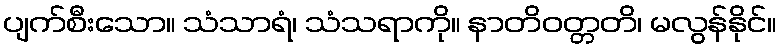
ပျက်စီးသော။ သံသာရံ၊ သံသရာကို။ နာတိဝတ္တတိ၊ မလွန်နိုင်။